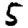
Digit: 5